DOW-UAP-D48, Department of the Air Force Report, 1996
Agency: Department of War
Incident date: 9/10/96
Page 84
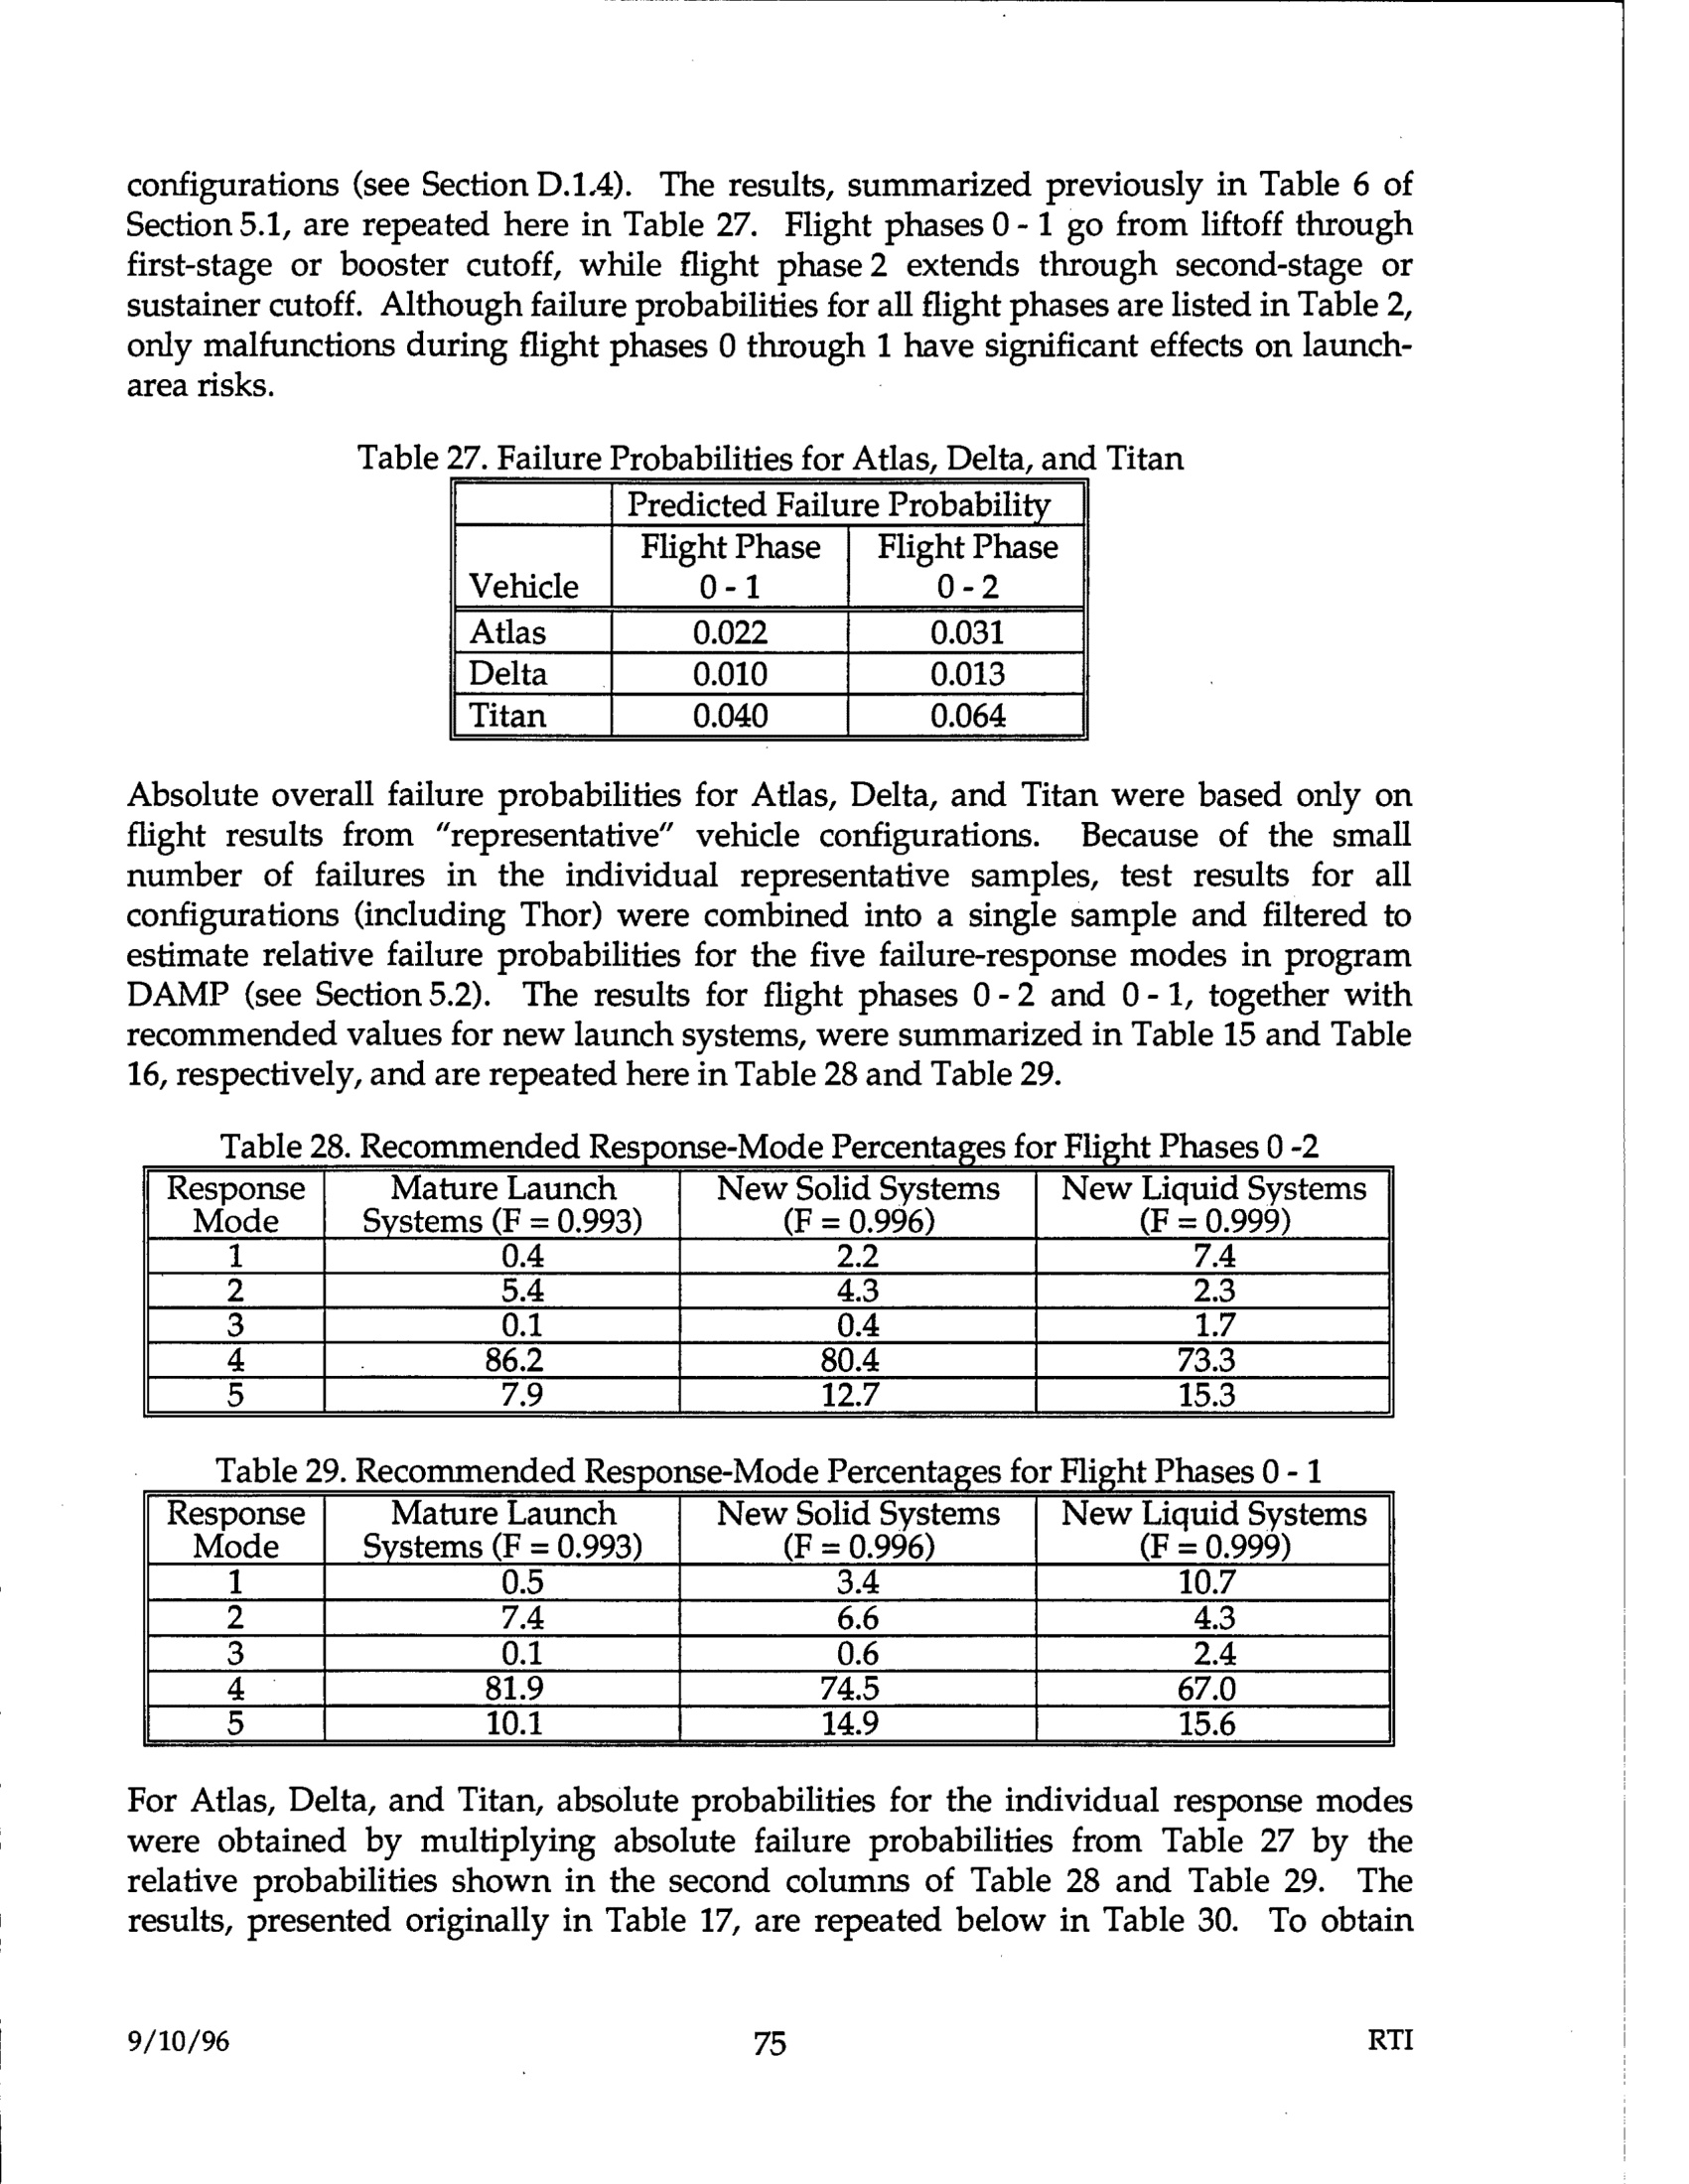